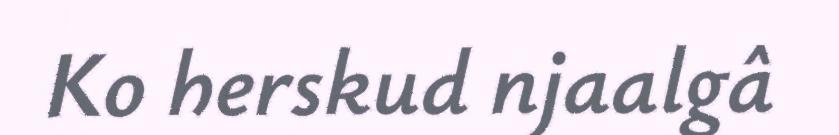
Ko herskud njaalgâ